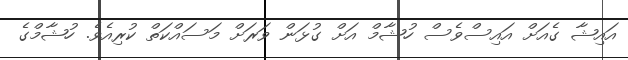
އައިޝާ ގެއަށް އައިސްވެސް ހުޝާމް އަށް ގުޅަން ވަރަށް މަސައްކަތް ކުރިއެވެ. ހުޝާމްގެ